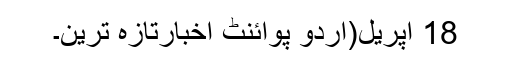
18 اپریل(اُردو پوائنٹ اخبارتازہ ترین۔